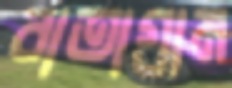
বাতাগ্রাম